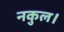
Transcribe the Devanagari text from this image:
नकुल।